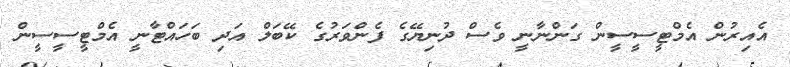
އެއިރުން އެމްޓީސީސީން ގަންނާނީ ވެސް ދުނިޔޭގެ ފެންވަރުގެ ކޭބަލް އަދި ބަހައްޓާނީ އެމްޓީސީސީން